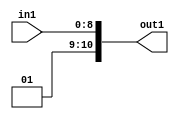
`timescale 1ps / 1ps

// Generated by Cadence Genus(TM) Synthesis Solution 17.11-s014_1
// Generated on: May  6 2021 00:27:42 CST (May  5 2021 16:27:42 UTC)

module SobelFilter_gen000002_4(in1, out1);
  input [8:0] in1;
  output [10:0] out1;
  wire [8:0] in1;
  wire [10:0] out1;
  assign out1[0] = in1[0];
  assign out1[1] = in1[1];
  assign out1[2] = in1[2];
  assign out1[3] = in1[3];
  assign out1[4] = in1[4];
  assign out1[5] = in1[5];
  assign out1[6] = in1[6];
  assign out1[7] = in1[7];
  assign out1[8] = in1[8];
  assign out1[9] = 1'b1;
  assign out1[10] = 1'b0;
endmodule